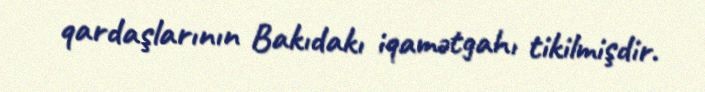
qardaşlarının Bakıdakı iqamətgahı tikilmişdir.